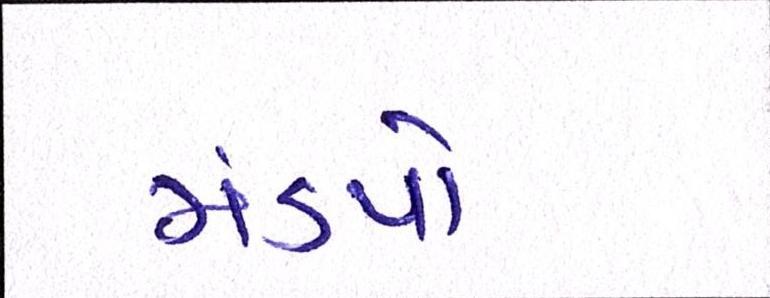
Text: મંડપો